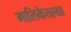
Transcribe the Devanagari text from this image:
मालिकेतल्या